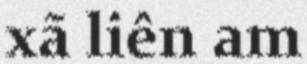
xã liên am